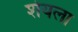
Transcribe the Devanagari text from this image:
शेयला